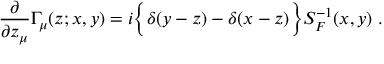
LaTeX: { \frac { \partial } { \partial z _ { \mu } } } \Gamma _ { \mu } ( z ; x , y ) = i \bigg \lbrace \delta ( y - z ) - \delta ( x - z ) \bigg \rbrace S _ { F } ^ { - 1 } ( x , y ) \; .